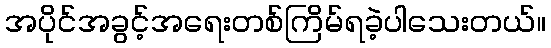
အပိုင်အခွင့်အရေးတစ်ကြိမ်ရခဲ့ပါသေးတယ်။